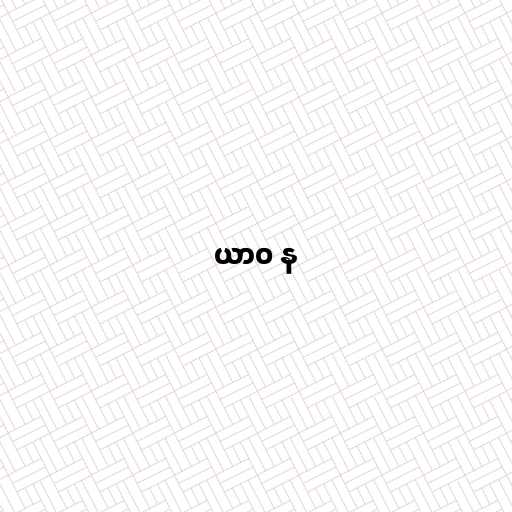
ယာဝ န